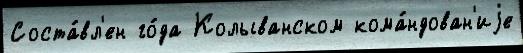
Соста́вл'ен го́да Колыванском кома́ндован'иjе